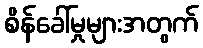
စိန်ခေါ်မှုများအတွက်